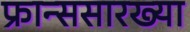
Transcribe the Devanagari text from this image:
फ्रान्ससारख्या